Code of medical and sanitary regulations for the guidance of medical officers serving in the Madras Presidency - Volume II
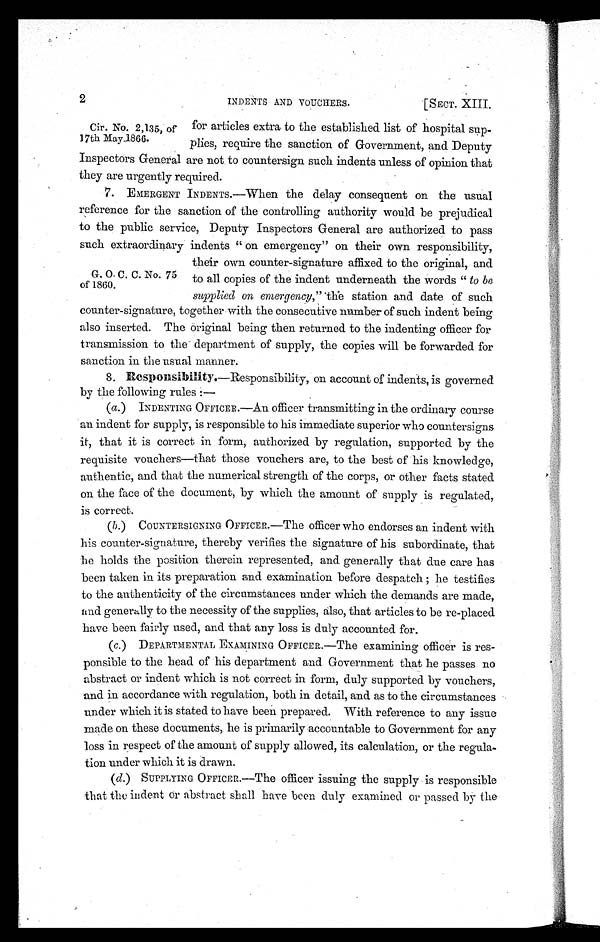
2
[SECT. XIII.
INDENTS AND VOUCHERS.
for articles extra to the established list of hospital sup-
plies, require the sanction of Government, and Deputy
Inspectors General are not to countersign such indents unless of opinion that
they are urgently required.
7. EMERGENT INDENTS.—When the delay consequent on the usual
reference for the sanction of the controlling authority would be prejudical
to the public service, Deputy Inspectors General are authorized to pass
such extraordinary indents " on emergency" on their own responsibility,
their own counter-signature affixed to the original, and
to all copies of the indent underneath the words " to be
supplied on emergency,” 'the station and date of such
counter-signature, together with the consecutive number of such indent being
also inserted. The original being then returned to the indenting officer for
transmission to the department of supply, the copies will be forwarded for
sanction in the usual manner.
8.
Responsibility. —Responsibility, on account of indents, is governed
by the following rules :—
(a.) INDENTING OFFICER.—An officer transmitting in the ordinary course
an indent for supply, is responsible to his immediate superior who countersigns
it, that it is correct in form, authorized by regulation, supported by the
requisite vouchers—that those vouchers are, to the best of his knowledge,
authentic, and that the numerical strength of the corps, or other facts stated
on the face of the document, by which the amount of supply is regulated,
is correct.
(b.) COUNTERSIGNING OFFICER.—The officer who endorses an indent with
his counter-signature, thereby verifies the signature of his subordinate, that
he holds the position therein represented, and generally that due care has
been taken in its preparation and examination before despatch ; he testifies
to the authenticity of the circumstances under which the demands are made,
and generally to the necessity of the supplies, also, that articles to be re-placed.
have been fairly used, and that any loss is duly accounted for.
(c.) DEPARTMENTAL EXAMINING OFFICER.—The examining officer is res-
ponsible to the head of his department and Government that he passes no
abstract or indent which is not correct in form, duly supported by vouchers,
and in accordance with regulation, both in detail, and as to the circumstances
under which it is stated to have been prepared. With reference to any issue
made on these documents, he is primarily accountable to Government for any
loss in respect of the amount of supply allowed, its calculation, or the regula-
tion under which it is drawn.
(d.) SUPPLYING OFFICER.—The officer issuing the supply is responsible
that the indent or abstract shall have been duly examined op passed by the
Cir. No. 2,135, of
17th May1866.
G. O. C. C. No. 75
of 1860.